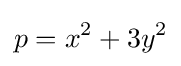
p=x^{2}+3y^{2}